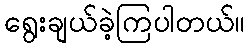
ရွေးချယ်ခဲ့ကြပါတယ်။